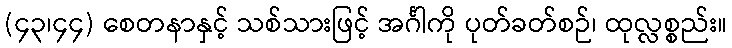
(၄၃၊၄၄) စေတနာနှင့် သစ်သားဖြင့် အင်္ဂါကို ပုတ်ခတ်စဉ်၊ ထုလ္လစ္စည်း။